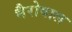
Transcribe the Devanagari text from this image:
भैरोवाल